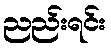
ညည်းရင်း